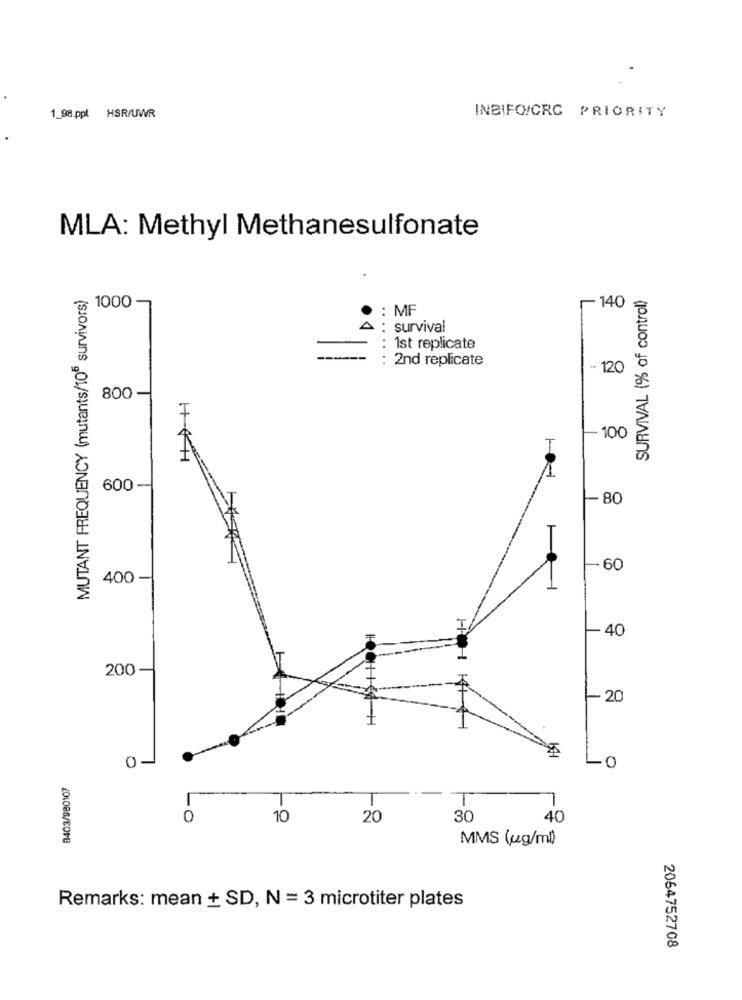
1_98 ppt HSR/UWR
INBIFO/CRC PRIORITY
MLA: Methyl Methanesulfonate
MUTANT FREQUENCY (mutants/105 survivors)
SURVIVAL (% of control)
- 140
1000 -
: MF
: survival
1st replicate
2nd replicate
.. 120
800
- 100
T
HTH
1
600-
-80
-60
400 -
-40
200
20
0-
0
8403/980107
T
10
20
30
40
MMS (pg/ml)
Remarks: mean + SD, N = 3 microtiter plates
2064752708